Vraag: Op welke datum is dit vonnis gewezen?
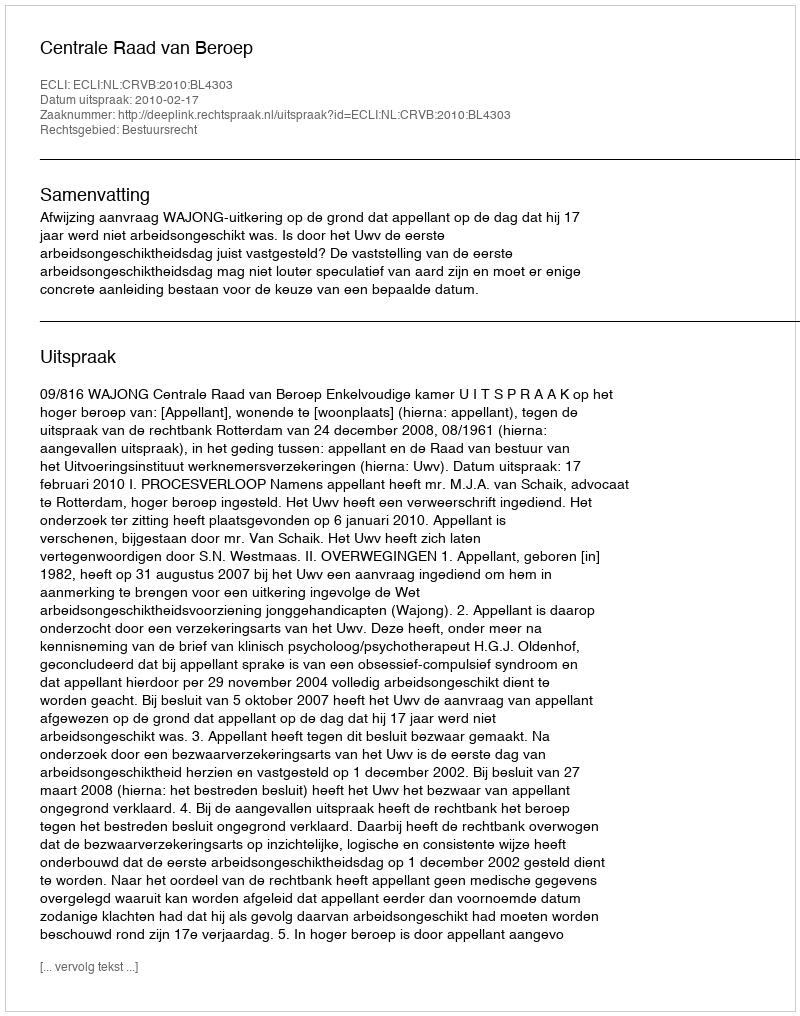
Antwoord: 2010-02-17